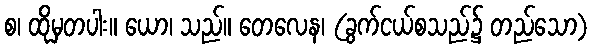
စ၊ ထိုမှတပါး။ ယော၊ သည်။ တေလေန၊ (ခွက်ငယ်စသည်၌ တည်သော)